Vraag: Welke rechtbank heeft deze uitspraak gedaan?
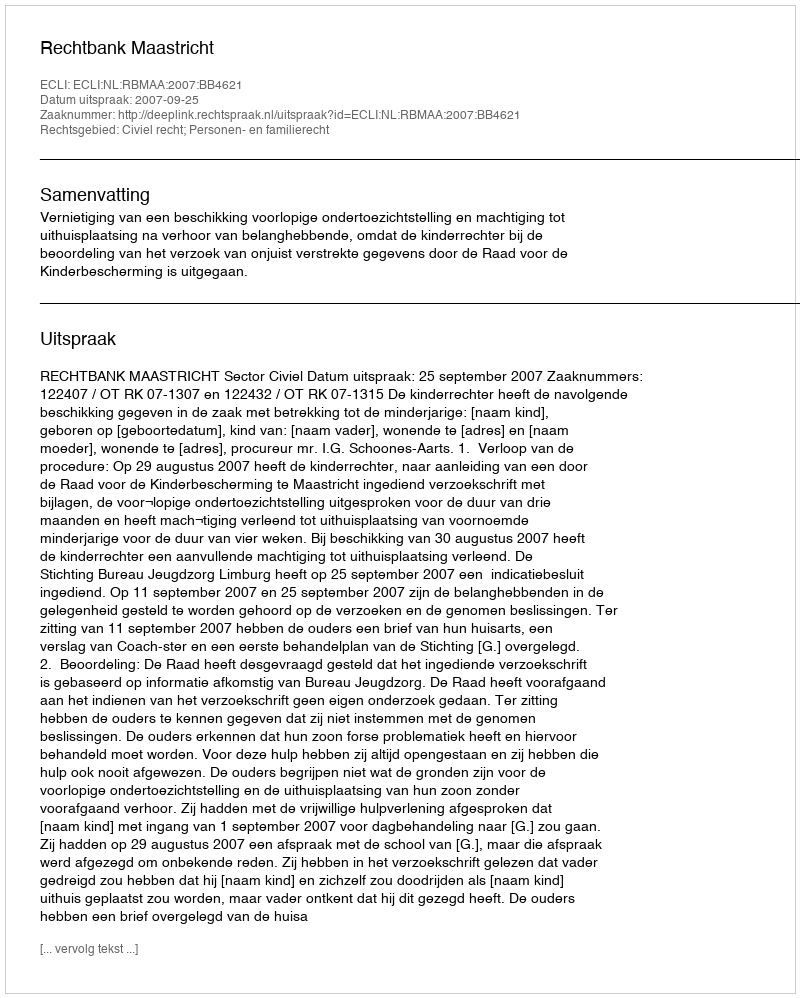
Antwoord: Rechtbank Maastricht